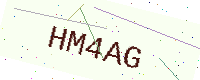
Text: HM4AG